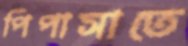
পিপাসাতে